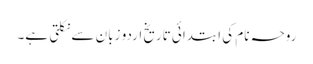
روحہ نام کی ابتدائی تاریخ اردو زبان سے نکلتی ہے۔